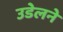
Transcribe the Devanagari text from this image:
उडेलने